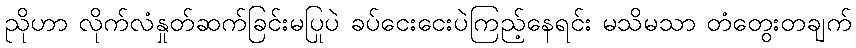
ညိုဟာ လိုက်လံနှုတ်ဆက်ခြင်းမပြုပဲ ခပ်ငေးငေးပဲကြည့်နေရင်း မသိမသာ တံတွေးတချက်